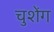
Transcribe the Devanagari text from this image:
चुशेंग